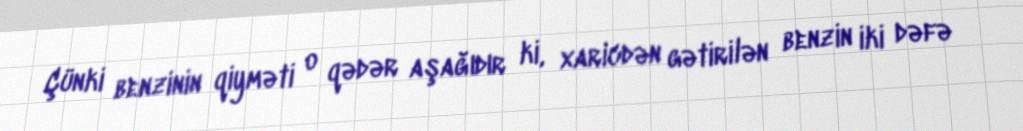
Çünki benzinin qiyməti o qədər aşağıdır ki, xaricdən gətirilən benzin iki dəfə